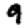
Digit: 9